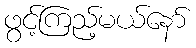
ဖွင့်ကြည့်မယ်နော်